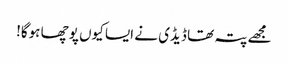
مجھے پتہ تھا ڈیڈی نے ایسا کیوں پوچھا ہوگا!